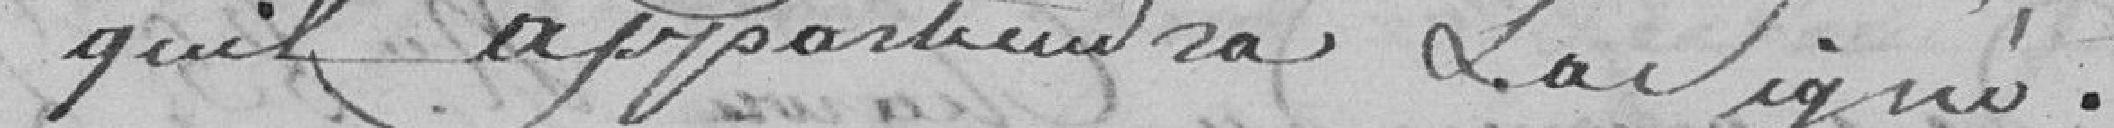
qu'il appartiendra et a signé